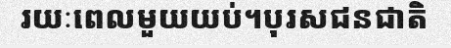
រយៈពេលមួយយប់។បុរសជនជាតិ